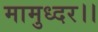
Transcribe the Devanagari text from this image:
मामुध्दर।।